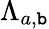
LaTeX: \Lambda_{a,\mathtt{b}}